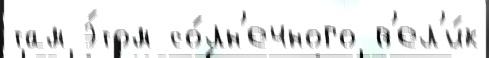
там э́том со́лн'ечного в'ел'и́к